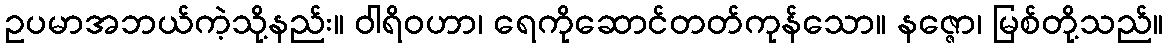
ဥပမာအဘယ်ကဲ့သို့နည်း။ ဝါရိဝဟာ၊ ရေကိုဆောင်တတ်ကုန်သော။ နဇ္ဇော၊ မြစ်တို့သည်။